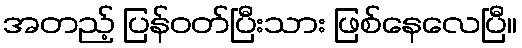
အတည့် ပြန်ဝတ်ပြီးသား ဖြစ်နေလေပြီ။